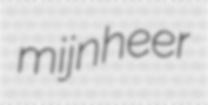
mijnheer